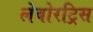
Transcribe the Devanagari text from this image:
लेबोरट्रिस